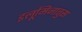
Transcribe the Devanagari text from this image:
इलूमिनातुस